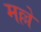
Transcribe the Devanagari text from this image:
मल्ले